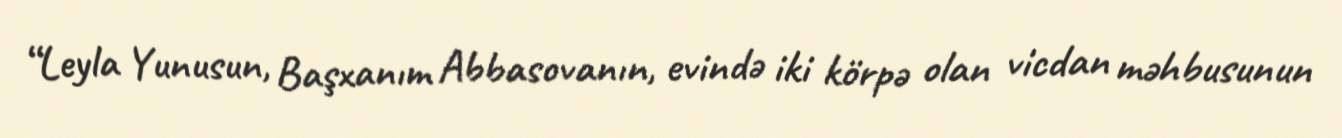
“Leyla Yunusun, Başxanım Abbasovanın, evində iki körpə olan vicdan məhbusunun